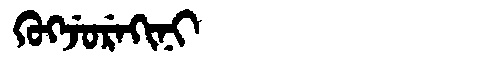
Manchu: ᡴᡠᡴᠵᡠᡵᡝᡴᡳᠨᡳ
Romanization: KUKJUREKINI